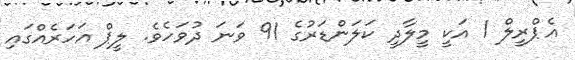
އެޕްރީލް 1 އަކީ މީލާދީ ކަލަންޑަރުގެ 91 ވަނަ ދުވަހެވެ. ލީޕް އަހަރެއްގައި